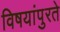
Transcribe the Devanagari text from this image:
विषयांपुरते